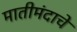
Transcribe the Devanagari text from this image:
मातीमंदाचे